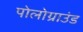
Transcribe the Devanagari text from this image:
पोलोग्राउंड